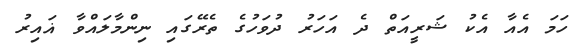
ހަމަ އެއާ އެކު ޝަރީއަތް ދެ އަހަރު ދުވަހުގެ ތެރޭގައި ނިންމާލައްވާ ޣައިރު